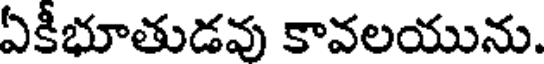
ఏకీభూతుడవు కావలయును.